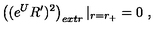
\left( ( e ^ { U } R ^ { \prime } ) ^ { 2 } \right) _ { e x t r } | _ { r = r _ { + } } = 0 \ ,